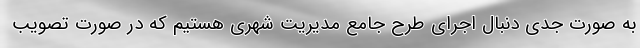
به صورت جدی دنبال اجرای طرح جامع مدیریت شهری هستیم که در صورت تصویب